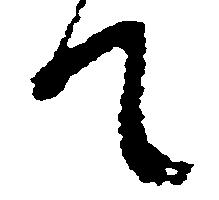
て